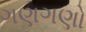
ગણગણો